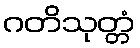
ဂတိသုတ္တံ